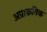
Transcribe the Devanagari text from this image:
अप्राक्रतिक